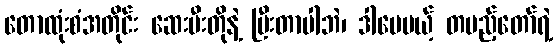
တောထုံးစံအတိုင်း ဆေးမီးတိုနဲ့ ပြီးတာပါဘဲ၊ ဒါပေမယ့် တပည့်တော်ရဲ့